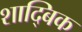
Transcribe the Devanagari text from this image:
शाद्बिक